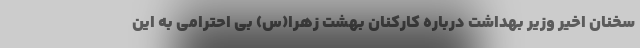
سخنان اخیر وزیر بهداشت درباره کارکنان بهشت زهرا(س) بی احترامی به این